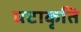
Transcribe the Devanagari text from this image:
घटाकृति